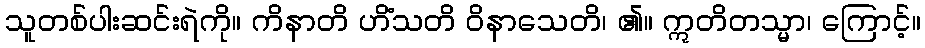
သူတစ်ပါးဆင်းရဲကို။ ကိနာတိ ဟိံသတိ ဝိနာသေတိ၊ ၏။ ဣတိတသ္မာ၊ ကြောင့်။